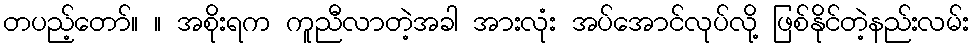
တပည့်တော်။ ။ အစိုးရက ကူညီလာတဲ့အခါ အားလုံး အပ်အောင်လုပ်လို့ ဖြစ်နိုင်တဲ့နည်းလမ်း